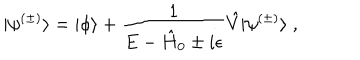
| \psi ^ { ( \pm ) } \rangle = | \phi \rangle + \frac { 1 } { E - \hat { H } _ { 0 } \pm i \epsilon } \hat { V } | \psi ^ { ( \pm ) } \rangle \; ,